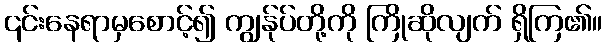
၎င်းနေရာမှစောင့်၍ ကျွန်ုပ်တို့ကို ကြိုဆိုလျက် ရှိကြ၏။